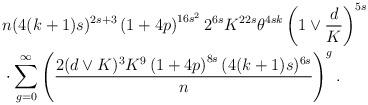
LaTeX: \begin{align*}&n(4(k+1)s)^{2s+3}\left(1+4p\right)^{16s^2}2^{6s}K^{22s}\theta^{4sk} \left(1\vee \frac{d}{K}\right)^{5s} \\&\cdot\sum_{g=0}^{\infty} \left( \frac{2(d\vee K)^3K^{9}\left(1+4p\right)^{8s} (4(k+1)s)^{6s}}{ n}\right)^g.\end{align*}